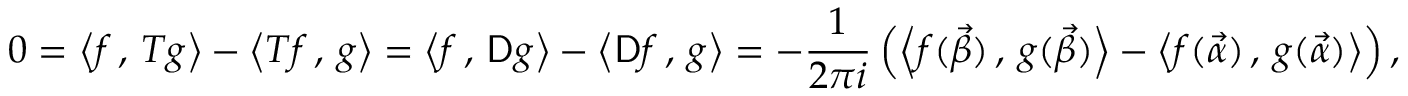
0 = \left\langle f \, , \, T g \right\rangle - \left\langle T f \, , \, g \right\rangle = \left\langle f \, , \, \mathsf { D } g \right\rangle - \left\langle \mathsf { D } f \, , \, g \right\rangle = - \frac 1 { 2 \pi i } \left( \left\langle f ( \vec { \beta } ) \, , \, g ( \vec { \beta } ) \right\rangle - \left\langle f ( \vec { \alpha } ) \, , \, g ( \vec { \alpha } ) \right\rangle \right) ,